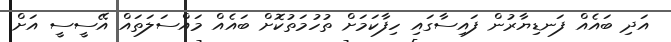
އަދި ބައެއް ފަނޑިޔާރުން ފައިސާގައި ހިފާކަމަށް ތުހުމަތުކޮށް ބައެއް މައްސަލަތައް އޭސީސީ އަށް